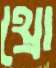
থ্রো